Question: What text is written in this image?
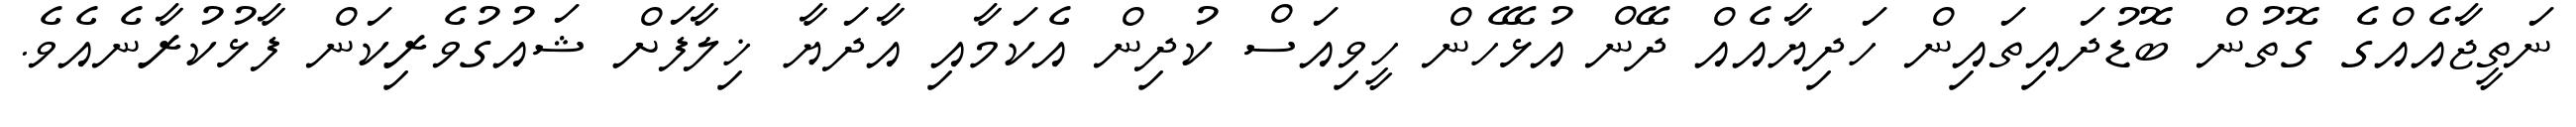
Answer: ނަތީޖާއެއްގެ ގޮތުން ބޮޑުދައިތައިން ހަދިޔާއެއް ދޭން އުޅޭހެން ހީވިއަސް ކުދިން އެކަމާއި އާދަޔާ ޚިލާފަށް ޝައުގުވެރިކަން ފާޅުކުރާނެއެވެ.